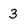
Character: 3